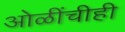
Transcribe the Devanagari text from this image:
ओळींचीही